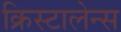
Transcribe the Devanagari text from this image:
क्रिस्टालेन्स